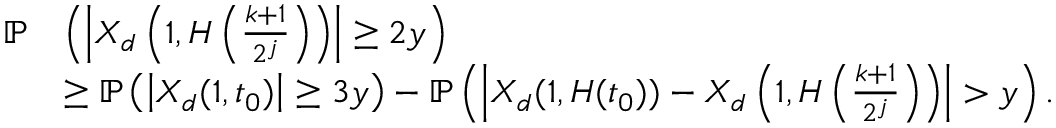
\begin{array} { r l } { \mathbb { P } } & { \left( \left| X _ { d } \left( 1 , H \left( \frac { k + 1 } { 2 ^ { j } } \right) \right) \right| \geq 2 y \right) } \\ & { \geq \mathbb { P } \left( \left| X _ { d } ( 1 , t _ { 0 } ) \right| \geq 3 y \right) - \mathbb { P } \left( \left| X _ { d } ( 1 , H ( t _ { 0 } ) ) - X _ { d } \left( 1 , H \left( \frac { k + 1 } { 2 ^ { j } } \right) \right) \right| > y \right) . } \end{array}